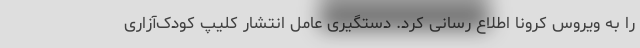
را به ویروس کرونا اطلاع رسانی کرد. دستگیری عامل انتشار کلیپ کودک‌آزاری